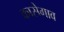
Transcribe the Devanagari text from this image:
कासेगाव